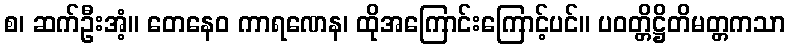
စ၊ ဆက်ဦးအံ့။ တေနေဝ ကာရဏေန၊ ထိုအကြောင်းကြောင့်ပင်။ ပဝတ္တိဋ္ဌိတိမတ္တကသာ